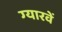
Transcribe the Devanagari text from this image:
ग्‍यारवें